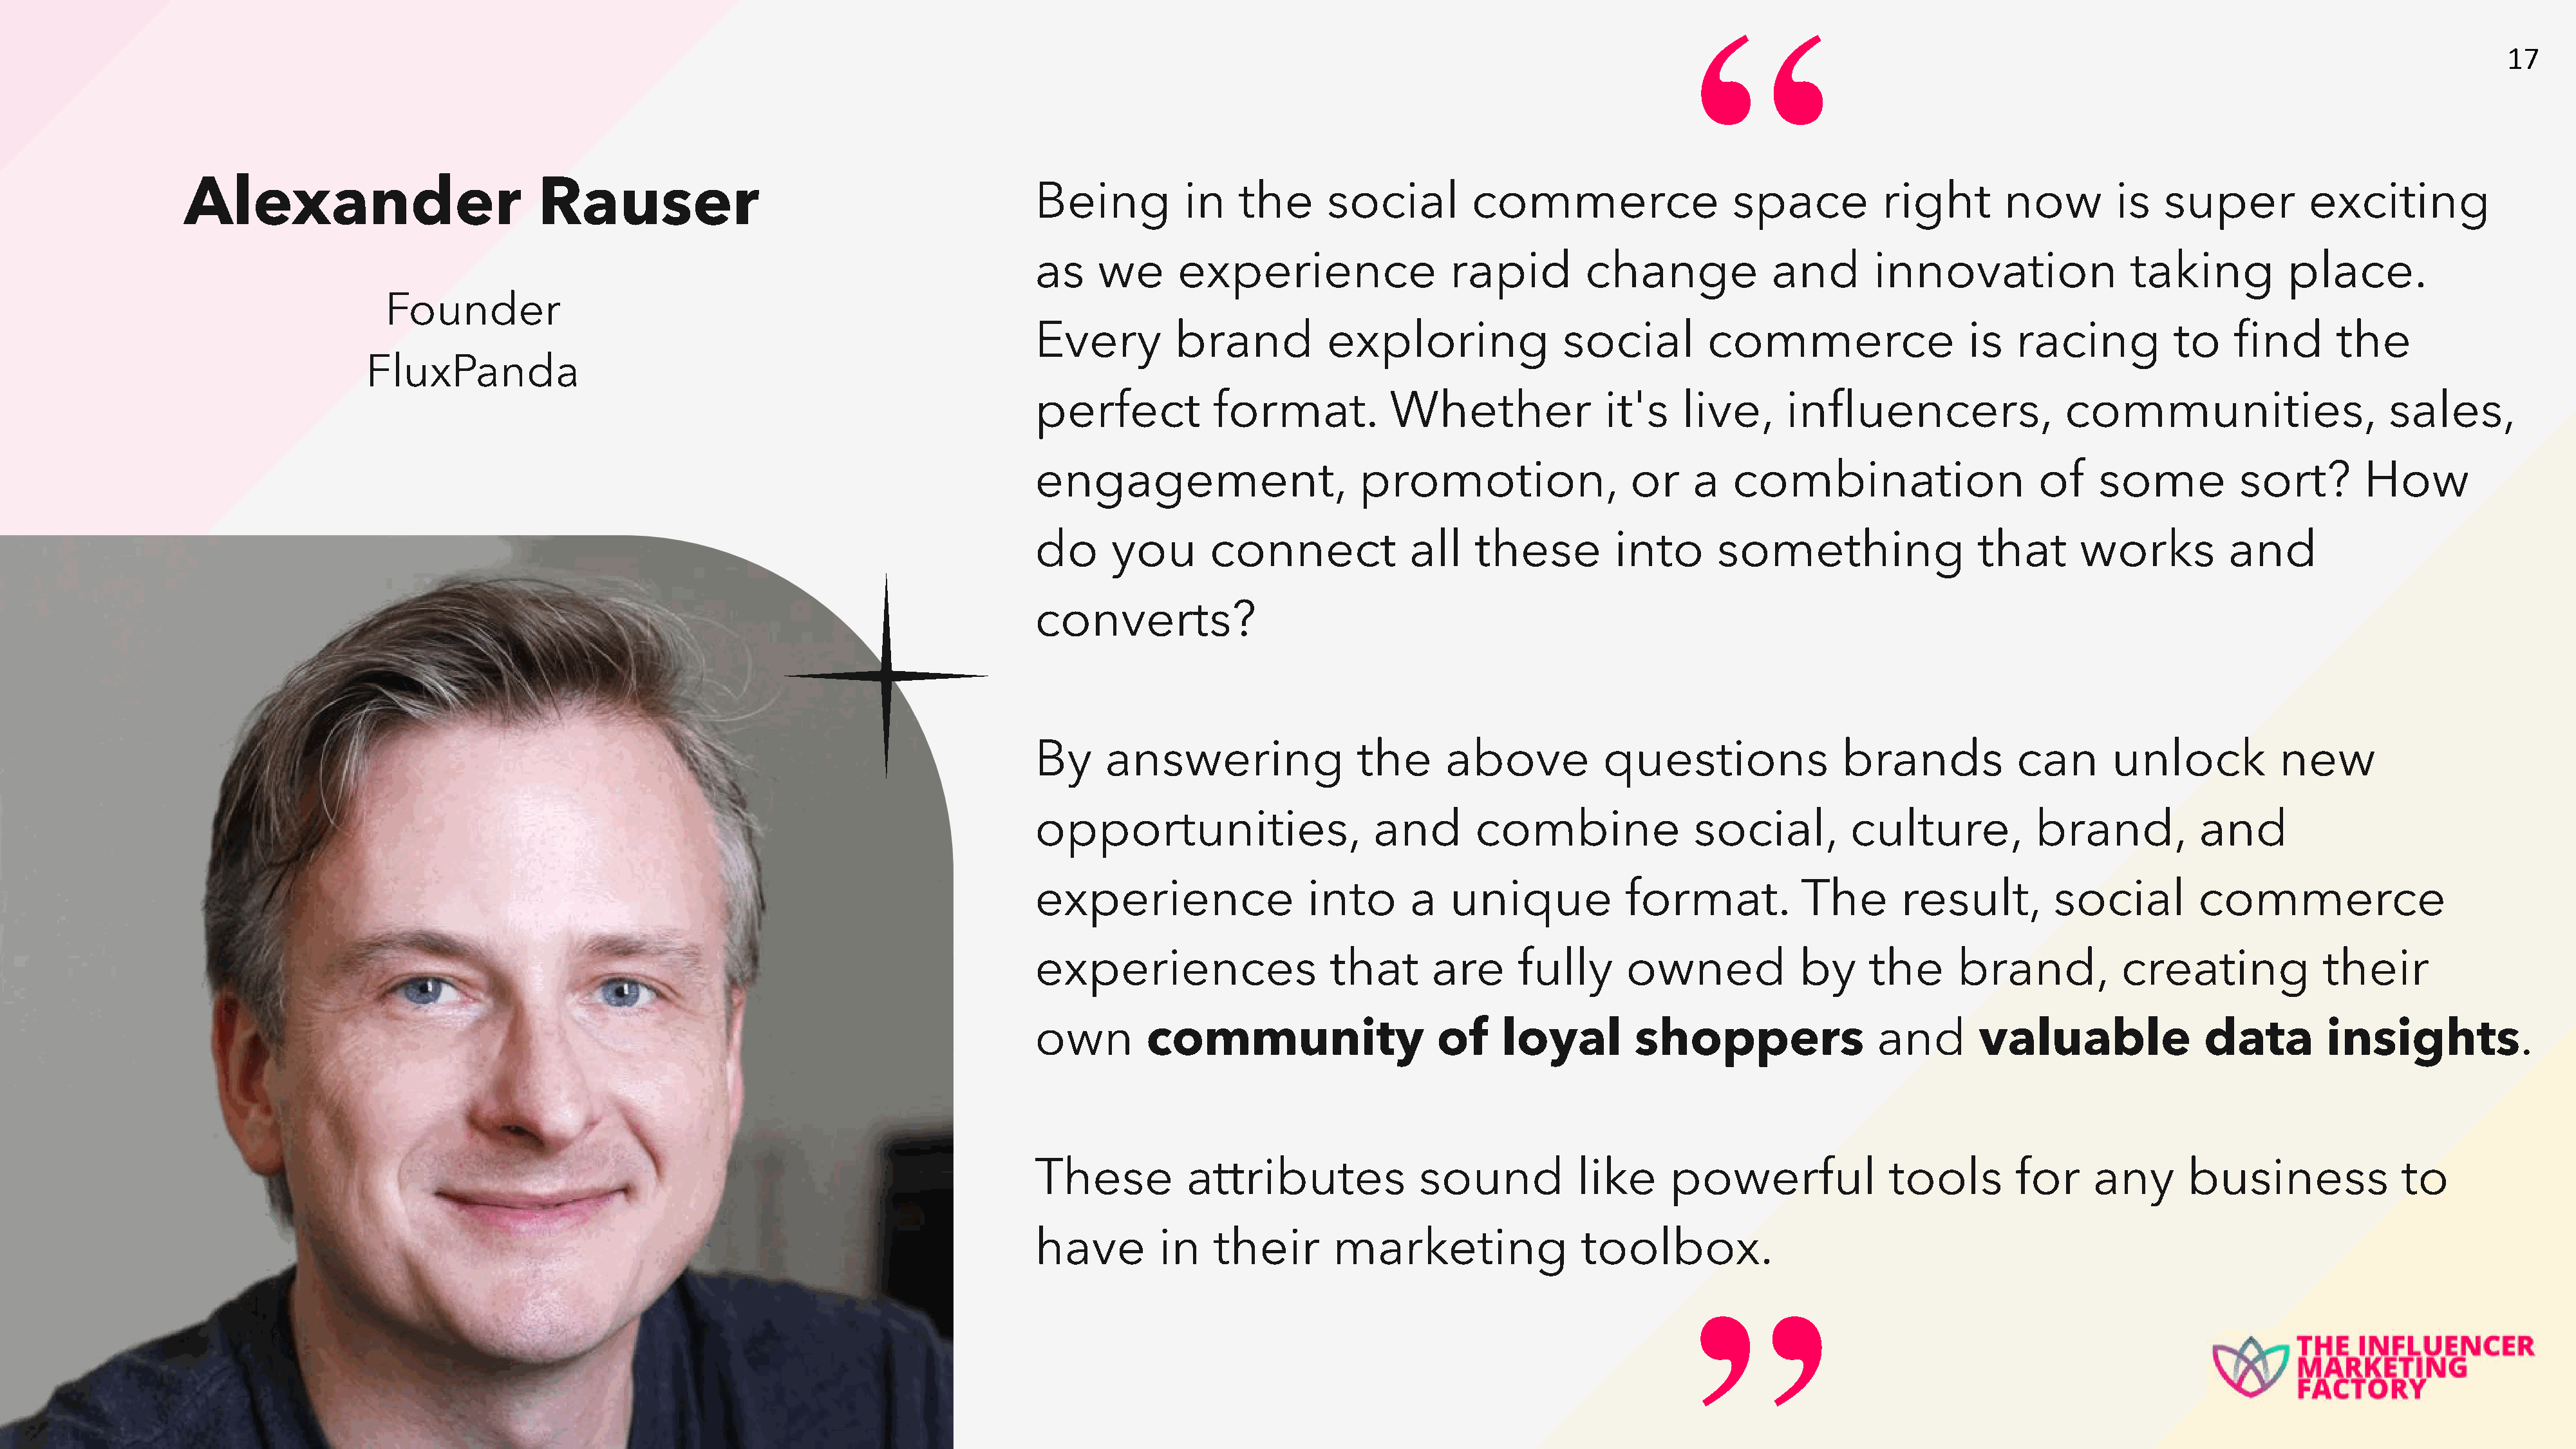
“
 17
 Alexander                           Rauser                                             Being           in   the      social         commerce                   space          right        now        is   super          exciting
 as     we      experience                  rapid         change             and        innovation                taking          place.
 Founder
 Every          brand          exploring                social        commerce                   is   racing          to     find      the
 FluxPanda
 perfect            format.           Whether               it's    live,      influencers,                communities,                      sales,
 engagement,                       promotion,                  or    a   combination                     of    some          sort?        How
 do      you       connect              all    these         into      something                  that       works          and
 converts?
 By      answering                 the      above           questions               brands            can       unlock           new
 opportunities,                     and        combine               social,         culture,           brand,           and
 experience                  into       a   unique            format.           The       result,         social         commerce
 experiences                    that      are      fully      owned             by     the      brand,           creating             their
 own         community                     of    loyal         shoppers                 and       valuable                data        insights.
 These           attributes              sound           like      powerful              tools        for     any       business              to
 have         in    their       marketing                 toolbox.
 ”